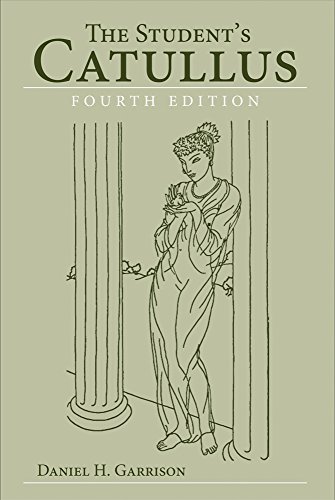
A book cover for The Student's Catullus (Oklahoma Series in Classical Culture Series); Daniel H. Garrison; Literature & Fiction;